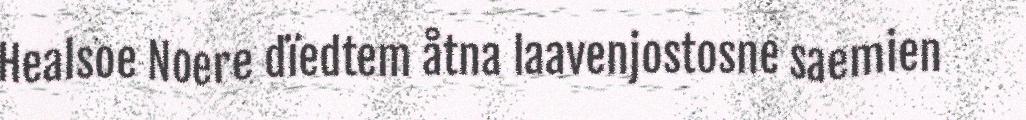
Healsoe Noere dïedtem åtna laavenjostosne saemien